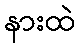
နားထဲ